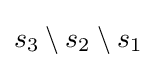
s_{3}\setminus s_{2}\setminus s_{1}